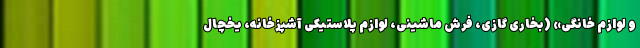
و لوازم خانگی» (بخاری گازی، فرش ماشینی، لوازم پلاستیکی آشپزخانه، یخچال